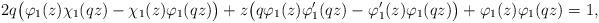
LaTeX: \begin{align*}2q\big(\varphi_{1}(z)\chi_{1}(qz)-\chi_{1}(z)\varphi_{1}(qz)\big)+z\big(q\varphi_{1}(z)\varphi_{1}'(qz)-\varphi_{1}'(z)\varphi_{1}(qz)\big)+\varphi_{1}(z)\varphi_{1}(qz)=1,\end{align*}